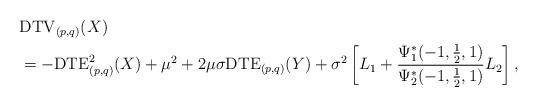
LaTeX: \begin{align*} &\mathrm{DTV}_{(p,q)}(X)\\ &=-\mathrm{DTE}_{(p,q)}^{2}(X)+\mu^{2}+2\mu\sigma\mathrm{DTE}_{(p,q)}(Y)+\sigma^{2}\left[L_{1}+\frac{\Psi_{1}^{\ast}(-1,\frac{1}{2},1)}{\Psi_{2}^{\ast}(-1,\frac{1}{2},1)}L_{2}\right],\end{align*}